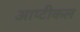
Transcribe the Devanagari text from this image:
आप्टीकल